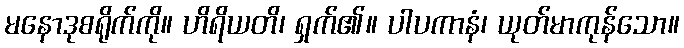
မနောဒုစရိုက်ကို။ ဟိရိယတိ၊ ရှက်၏။ ပါပကာနံ၊ ယုတ်မာကုန်သော။